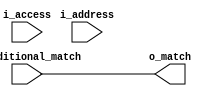
module rggen_address_decoder #(
  parameter READABLE      = 1'b1,
  parameter WRITABLE      = 1'b1,
  parameter WIDTH         = 8,
  parameter BUS_WIDTH     = 32,
  parameter START_ADDRESS = {WIDTH{1'b0}},
  parameter BYTE_SIZE     = 0
)(
  input   [WIDTH-1:0] i_address,
  input   [1:0]       i_access,
  input               i_additional_match,
  output              o_match
);
  localparam                  LSB                 = clog2(BUS_WIDTH) - 3;
  localparam                  ACCESS_BIT          = 0;
  localparam  [WIDTH-LSB-1:0] BEGIN_ADDRESS       = START_ADDRESS[WIDTH-1:LSB];
  localparam  [WIDTH-LSB-1:0] END_ADDRESS         = calc_end_address(START_ADDRESS[WIDTH-1:0], BYTE_SIZE);
  localparam                  BEGIN_ADDRESS_ALL_0 = BEGIN_ADDRESS == {(WIDTH-LSB){1'b0}};
  localparam                  END_ADDRESS_ALL_1   = END_ADDRESS   == {(WIDTH-LSB){1'b1}};

  function automatic integer clog2;
    input integer n;

    integer result;
    integer value;
  begin
    value   = n - 1;
    result  = 0;
    while (value > 0) begin
      result  = result + 1;
      value   = value >> 1;
    end
    clog2 = result;
  end
  endfunction

  function automatic [WIDTH-LSB-1:0] calc_end_address;
    input [WIDTH-1:0] start_address;
    input integer     byte_size;

    reg [WIDTH-1:0] address;
    integer         delta;
  begin
    delta             = byte_size - 1;
    address           = start_address + delta[WIDTH-1:0];
    calc_end_address  = address[WIDTH-1:LSB];
  end
  endfunction

  wire  w_address_match;
  wire  w_access_match;

  assign  o_match = w_address_match && w_access_match && i_additional_match;

  generate
    if (BEGIN_ADDRESS == END_ADDRESS) begin : g_address_match
      assign  w_address_match = i_address[WIDTH-1:LSB] == BEGIN_ADDRESS;
    end
    else if ((!BEGIN_ADDRESS_ALL_0) && (!END_ADDRESS_ALL_1)) begin : g_address_match
      assign  w_address_match =
        (i_address[WIDTH-1:LSB] >= BEGIN_ADDRESS) &&
        (i_address[WIDTH-1:LSB] <= END_ADDRESS  );
    end
    else if ((!BEGIN_ADDRESS_ALL_0) && END_ADDRESS_ALL_1) begin : g_address_match
      assign  w_address_match = i_address[WIDTH-1:LSB] >= BEGIN_ADDRESS;
    end
    else if (BEGIN_ADDRESS_ALL_0 && (!END_ADDRESS_ALL_1)) begin : g_address_match
      assign  w_address_match = i_address[WIDTH-1:LSB] <= END_ADDRESS;
    end
    else begin : g_address_match
      assign  w_address_match = 1'b1;
    end

    if (READABLE && WRITABLE) begin : g_access_match
      assign  w_access_match  = 1'b1;
    end
    else if (READABLE) begin : g_access_match
      assign  w_access_match  = i_access[ACCESS_BIT] == 1'b0;
    end
    else begin : g_access_match
      assign  w_access_match  = i_access[ACCESS_BIT] == 1'b1;
    end
  endgenerate
endmodule